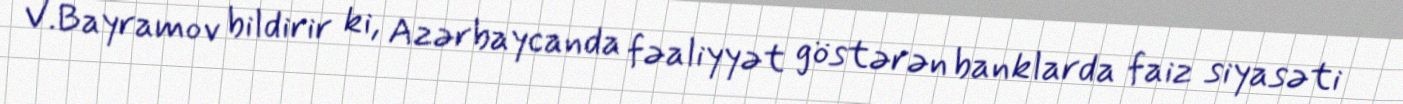
V.Bayramov bildirir ki, Azərbaycanda fəaliyyət göstərən banklarda faiz siyasəti